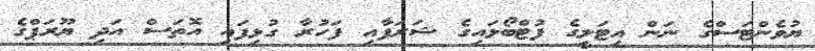
ޔުވެންޓަސްގެ ނަން އިޓަލީގެ ފުޓްބޯޅައިގެ ޝަރަފާއި ފަހުރާ ގުޅިފައި އޮތަސް އަދި ޔޫރަޕްގެ